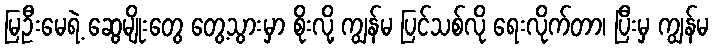
မြဦးမေရဲ့ ဆွေမျိုးတွေ တွေ့သွားမှာ စိုးလို့ ကျွန်မ ပြင်သစ်လို ရေးလိုက်တာ၊ ပြီးမှ ကျွန်မ